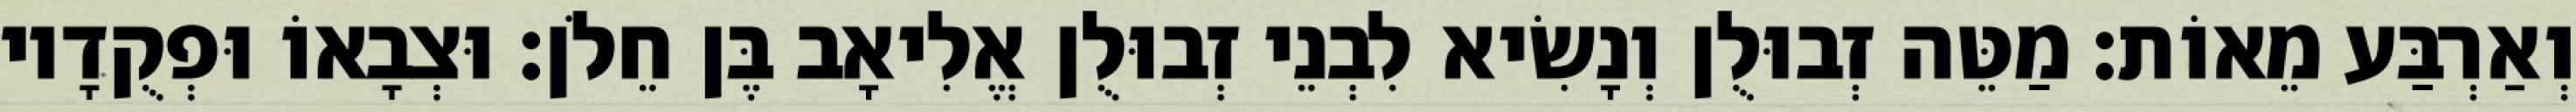
וְאַרְבַּע מֵאוֹת׃ מַטֵּה זְבוּלֻן וְנָשִׂיא לִבְנֵי זְבוּלֻן אֱלִיאָב בֶּן חֵלֹן׃ וּצְבָאוֹ וּפְקֻדָיו